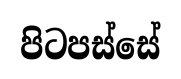
පිටපස්සේ